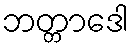
ဘတ္တာဒေါ